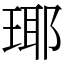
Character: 瑘